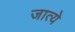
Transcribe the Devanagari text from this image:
जात्ये